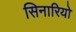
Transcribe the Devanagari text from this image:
सिनारियो